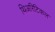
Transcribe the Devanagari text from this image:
थिअरिटिकल